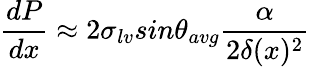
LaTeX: \frac{dP}{dx}\approx 2\sigma_{lv}sin\theta_{avg}\frac{\alpha}{2\delta(x)^{2}}